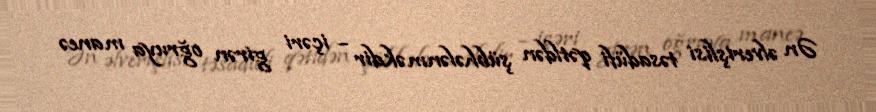
Ən əlverişlisi təsadüfi qətldən şübhələnməkdir – içəri girən oğruya maneə